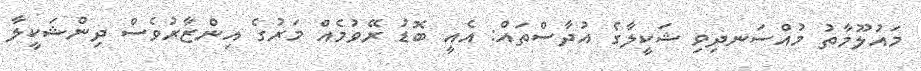
މައުލޫމާތު މުއްސަނދިވި ޝަކީލާގެ އުދާސްތައް: އެއީ ބޮޑު ރޭވުމެއް މަރުގެ އިންޒާރުވެސް ދިންޝަކީލާ